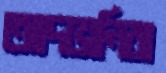
আদভানিরা